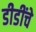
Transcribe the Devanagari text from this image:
डीडींचे